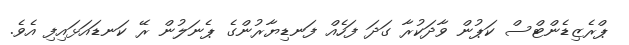
ޕްރެޒިޑެންޓްސް ކަޕުން ވާދަކުރާ ގަދަ ފަހެއް ފަނޑިޔާރުންގެ ޕެނަލުން ރޭ ކަނޑައަޅައިފި އެވެ.